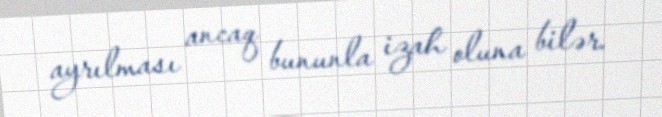
ayrılması ancaq bununla izah oluna bilər.